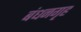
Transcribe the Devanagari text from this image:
बंधनगृह